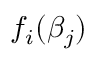
f _ { i } ( \beta _ { j } )